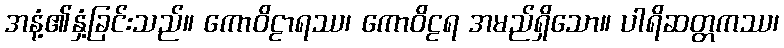
အနံ့၏နှံ့ခြင်းသည်။ ကောဝိဠာရဿ၊ ကောဝိဠရ အမည်ရှိသော။ ပါရိဆတ္တကဿ၊